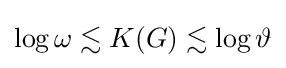
\log \omega \lesssim K(G)\lesssim \log \vartheta